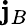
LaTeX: \mathbf{j}_{B}